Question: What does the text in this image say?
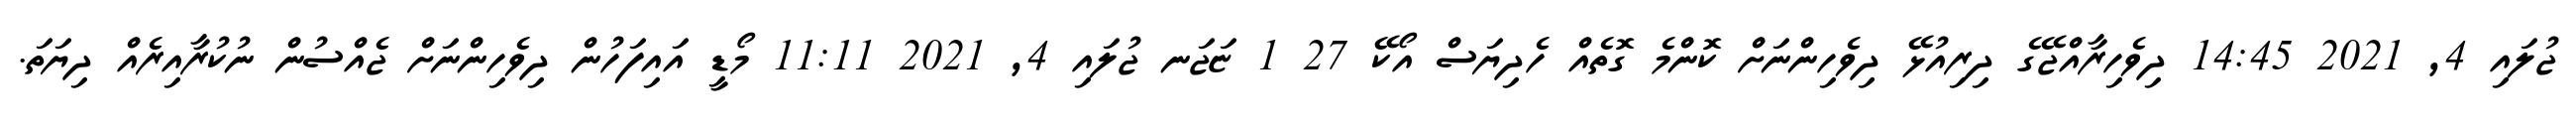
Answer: ޖުލައި 4, 2021 14:45 ދިވެހިރާއްޖޭގެ ދިރިއުޅޭ ދިވެހިންނަށް ކޮންމެ ގޮތެއް ހެދިޔަސް އޯކޭ 27 1 ޏަޖަނ ޖުލައި 4, 2021 11:11 މޯޑީ އައިފަހުން ދިވެހިންނަށް ޖެއްސުން ނުކުރާއިރެއް ދިޔަތަ.